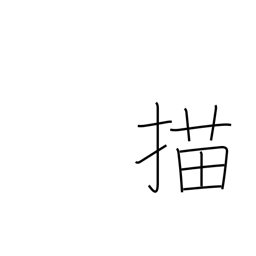
Meaning: draw